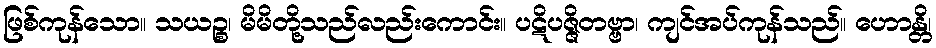
ဖြစ်ကုန်သော။ သယဉ္စ၊ မိမိတို့သည်လည်းကောင်း။ ပဋိပဇ္ဇိတဗ္ဗာ၊ ကျင်အပ်ကုန်သည်။ ဟောန္တိ၊